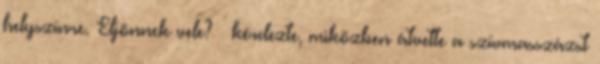
helyszínre. Eljönnek vele? – kérdezte, miközben átvette a szívmasszázst